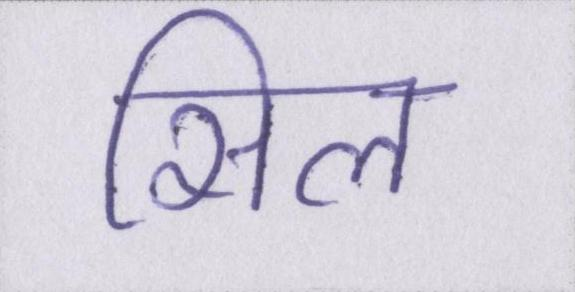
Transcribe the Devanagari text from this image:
सिल